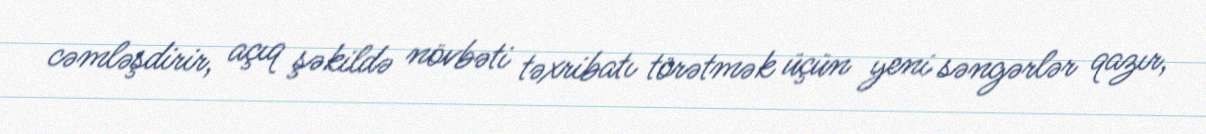
cəmləşdirir, açıq şəkildə növbəti təxribatı törətmək üçün yeni səngərlər qazır,